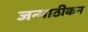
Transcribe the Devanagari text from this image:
जन्माठीकन